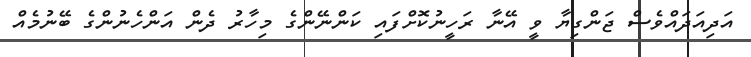
އަދިއަދައްވެސް ޖަންގިޔާ ވީ އޭނާ ރަހީނުކޮށްފައި ކަންނޭންގެ މިހާރު ދެން އަންހެނުންގެ ބޭނުމެއް